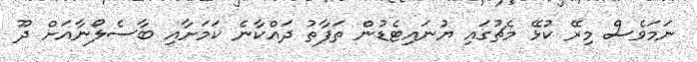
ނަމަވެސް މިރޭ ކުޅޭ މެޗުގައި ޔުނައިޓެޑުން ތަފާތު ދައްކާނެ ކަމަށާއި ބާސެލޯނާއަށް ދޫ